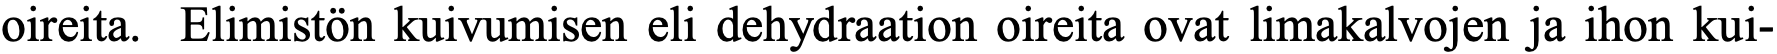
oireita. Elimistön kuivumisen eli dehydraation oireita ovat limakalvojen ja ihon kui-